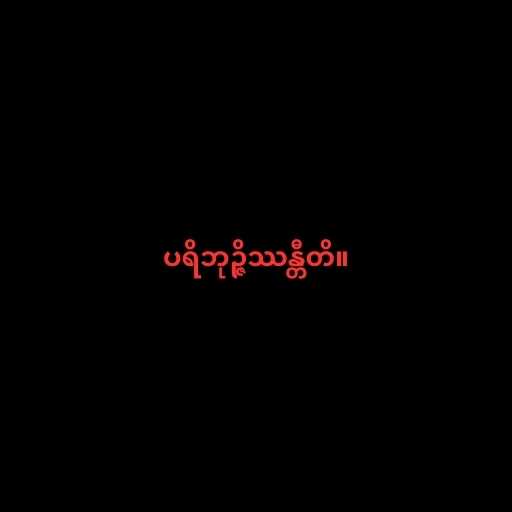
ပရိဘုဉ္ဇိဿန္တီတိ။